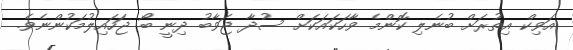
އަވިކް އިތުރަށް ބުނެލި ކޮންމެ ވާހަކައަކަށް ސުދާ ޖަވާބު ދިނީ ބޯ ޖަހައިލުމަކުންނެވެ.